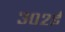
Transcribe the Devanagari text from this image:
३०२ई